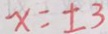
x = \pm 3